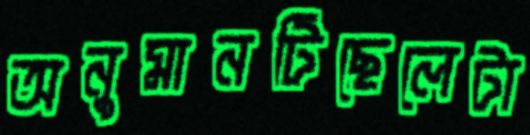
অনুমানটিছেলেটা